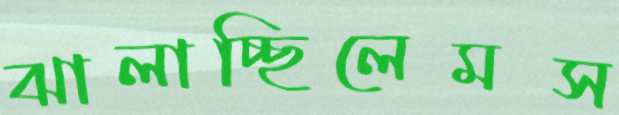
ঝালাচ্ছিলেমস